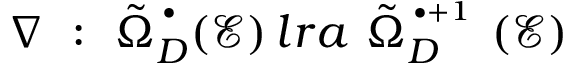
\nabla \ : \ \tilde { \Omega } _ { D } ^ { \, ^ { \bullet } } ( { \mathcal E } ) \, l r a \ \tilde { \Omega } _ { D } ^ { \, ^ { \bullet + 1 } } \ ( { \mathcal E } )